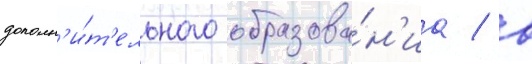
дополн'и́т'ельного образова́н'иа / в